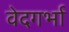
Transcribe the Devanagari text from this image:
वेदगर्भा